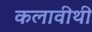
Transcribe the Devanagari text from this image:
कलावीथी